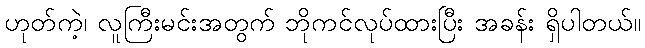
ဟုတ်ကဲ့၊ လူကြီးမင်းအတွက် ဘိုကင်လုပ်ထားပြီး အခန်း ရှိပါတယ်။